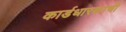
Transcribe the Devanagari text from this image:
कार्डधारकाची